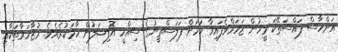
އަށްހާސް ފައްސަތޭކަ މީހުން ޒަހަމްވެފައިވާ ކަމަށް ފަލަސްތީނުގެ ސިއްހީ އޮފިޝަލުން ހާމަކުރެއެވެ. މުޒާހަރާތަކާއި